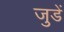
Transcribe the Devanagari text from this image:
जुडें